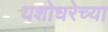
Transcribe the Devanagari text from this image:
यशोधरेच्या